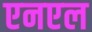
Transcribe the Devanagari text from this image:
एनएल